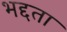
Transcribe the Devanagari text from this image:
भद्दता